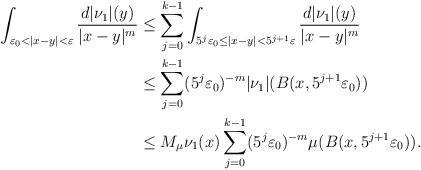
LaTeX: \begin{align*}\int_{\varepsilon_0 < |x-y| < \varepsilon} \frac{d|\nu_1|(y)}{|x-y|^{m}} &\le \sum_{j=0}^{k-1} \int_{5^j\varepsilon_0 \le |x-y| < 5^{j+1}\varepsilon} \frac{d|\nu_1|(y)}{|x-y|^{m}} \\&\le \sum_{j=0}^{k-1} (5^j\varepsilon_0)^{-m} |\nu_1|(B(x,5^{j+1}\varepsilon_0)) \\&\le M_{\mu} \nu_1(x) \sum_{j=0}^{k-1} (5^j\varepsilon_0)^{-m} \mu(B(x,5^{j+1}\varepsilon_0)).\end{align*}